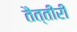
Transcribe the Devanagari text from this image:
तैत्तीरी